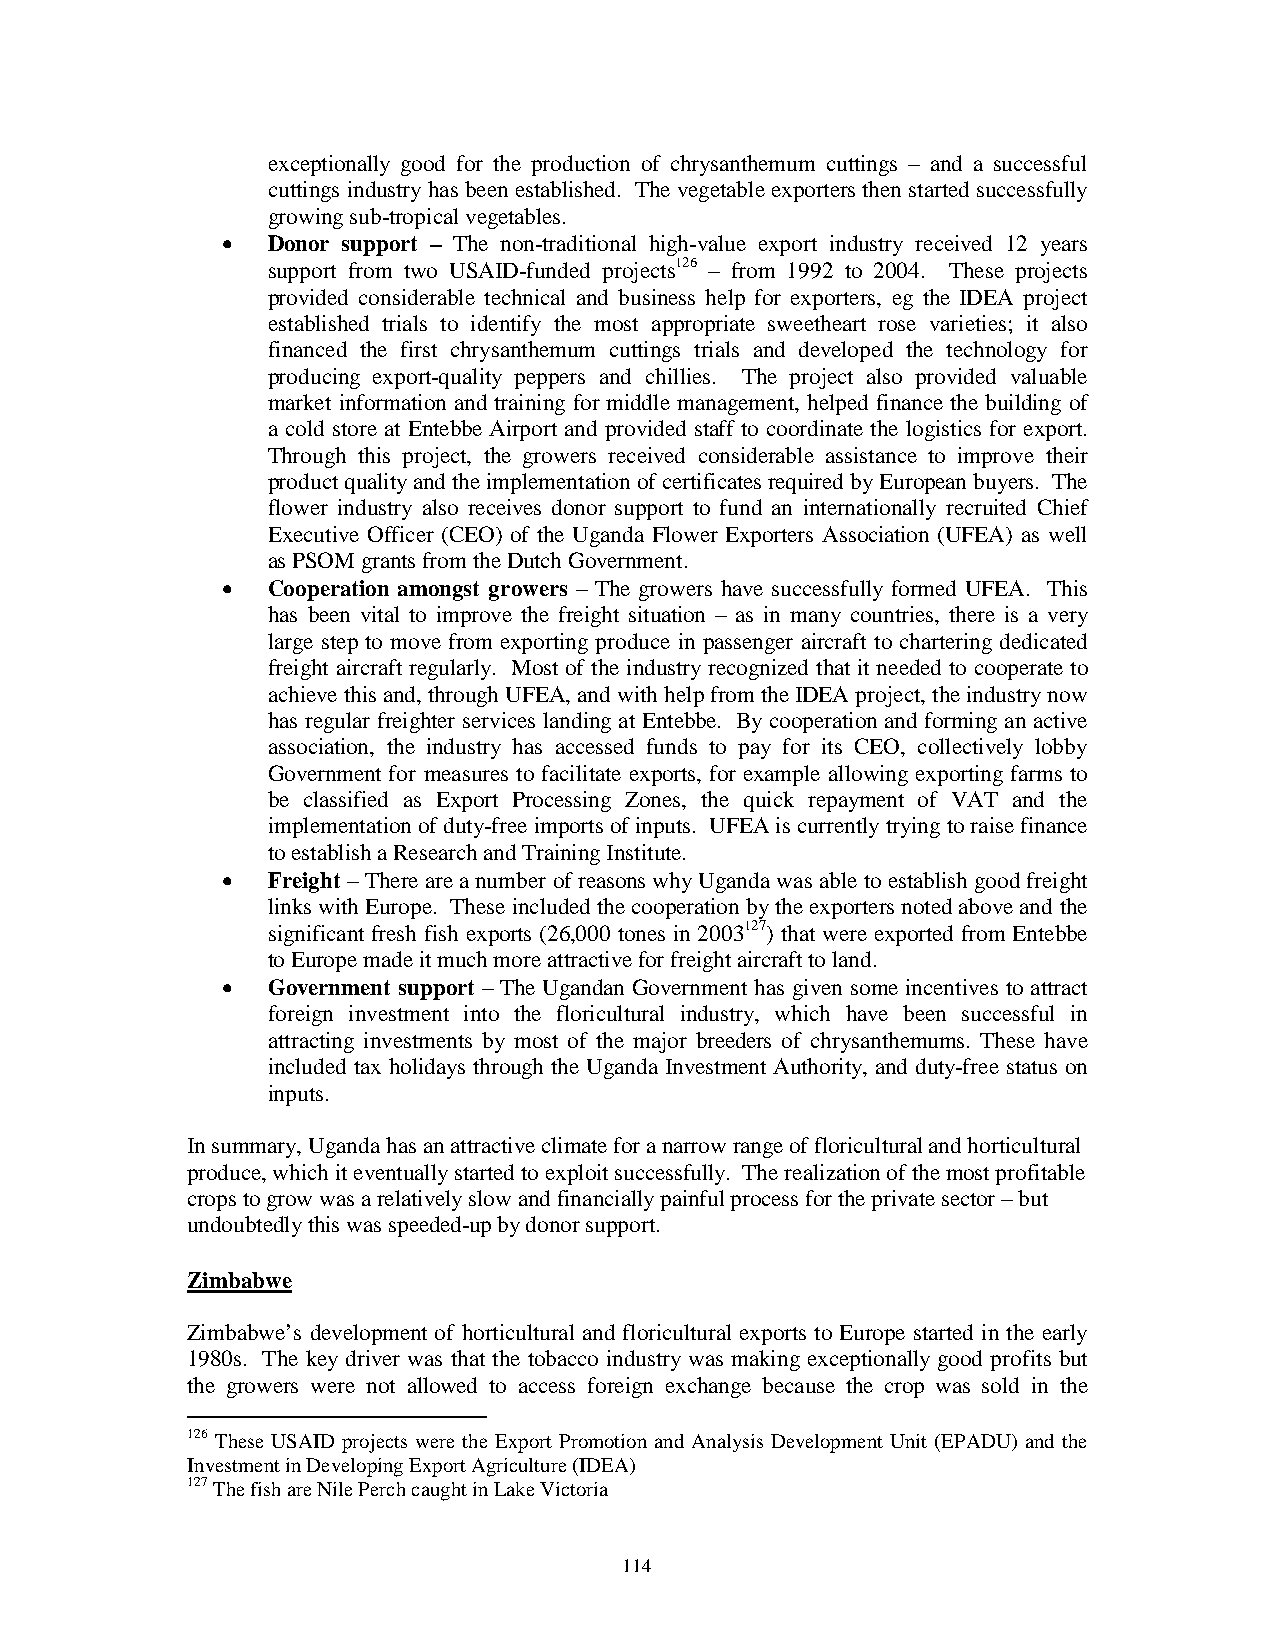
exceptionally good for the production of chrysanthemum cuttings – and a successful
 cuttings industry has been established. The vegetable exporters then started successfully
 growing sub-tropical vegetables.
 •  Donor support – The non-traditional high-value export industry received 12 years
 support from two USAID-funded projects126 – from 1992 to 2004. These projects
 provided considerable technical and business help for exporters, eg the IDEA project
 established trials to identify the most appropriate sweetheart rose varieties; it also
 financed the first chrysanthemum cuttings trials and developed the technology for
 producing export-quality peppers and chillies. The project also provided valuable
 market information and training for middle management, helped finance the building of
 a cold store at Entebbe Airport and provided staff to coordinate the logistics for export.
 Through this project, the growers received considerable assistance to improve their
 product quality and the implementation of certificates required by European buyers. The
 flower industry also receives donor support to fund an internationally recruited Chief
 Executive Officer (CEO) of the Uganda Flower Exporters Association (UFEA) as well
 as PSOM grants from the Dutch Government.
 •  Cooperation amongst growers – The growers have successfully formed UFEA. This
 has been vital to improve the freight situation – as in many countries, there is a very
 large step to move from exporting produce in passenger aircraft to chartering dedicated
 freight aircraft regularly. Most of the industry recognized that it needed to cooperate to
 achieve this and, through UFEA, and with help from the IDEA project, the industry now
 has regular freighter services landing at Entebbe. By cooperation and forming an active
 association, the industry has accessed funds to pay for its CEO, collectively lobby
 Government for measures to facilitate exports, for example allowing exporting farms to
 be classified as Export Processing Zones, the quick repayment of VAT and the
 implementation of duty-free imports of inputs. UFEA is currently trying to raise finance
 to establish a Research and Training Institute.
 •  Freight – There are a number of reasons why Uganda was able to establish good freight
 links with Europe. These included the cooperation by the exporters noted above and the
 significant fresh fish exports (26,000 tones in 2003127) that were exported from Entebbe
 to Europe made it much more attractive for freight aircraft to land.
 •  Government support – The Ugandan Government has given some incentives to attract
 foreign investment into the floricultural industry, which have been successful in
 attracting investments by most of the major breeders of chrysanthemums. These have
 included tax holidays through the Uganda Investment Authority, and duty-free status on
 inputs.
 In summary, Uganda has an attractive climate for a narrow range of floricultural and horticultural
 produce, which it eventually started to exploit successfully. The realization of the most profitable
 crops to grow was a relatively slow and financially painful process for the private sector – but
 undoubtedly this was speeded-up by donor support.
 Zimbabwe
 Zimbabwe’s development of horticultural and floricultural exports to Europe started in the early
 1980s. The key driver was that the tobacco industry was making exceptionally good profits but
 the growers were not allowed to access foreign exchange because the crop was sold in the
 126 These USAID projects were the Export Promotion and Analysis Development Unit (EPADU) and the
 Investment in Developing Export Agriculture (IDEA)
 127 The fish are Nile Perch caught in Lake Victoria
 114